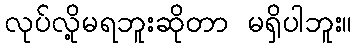
လုပ်လို့မရဘူးဆိုတာ မရှိပါဘူး။